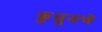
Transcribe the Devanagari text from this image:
कुसुमचे